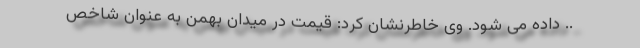
.. داده می شود. وی خاطرنشان کرد: قیمت در میدان بهمن به عنوان شاخص